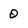
Character: 0